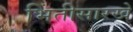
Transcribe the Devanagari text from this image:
भिंतीसारखे